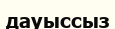
дауыссыз